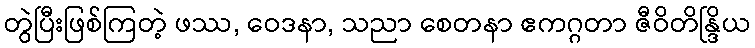
တွဲပြီးဖြစ်ကြတဲ့ ဖဿ, ဝေဒနာ, သညာ စေတနာ ဧကဂ္ဂတာ ဇီဝိတိန္ဒြိယ